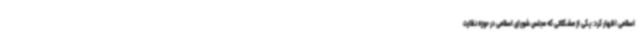
اسلامی اظهار کرد: یکی از مشکلاتی که مجلس شورای اسلامی در حوزه نظارت